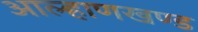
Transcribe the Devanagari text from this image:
आल्हाणखण्ड